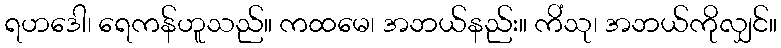
ရဟဒေါ၊ ရေကန်ဟူသည်။ ကထမေ၊ အဘယ်နည်း။ ကိံသု၊ အဘယ်ကိုလျှင်။